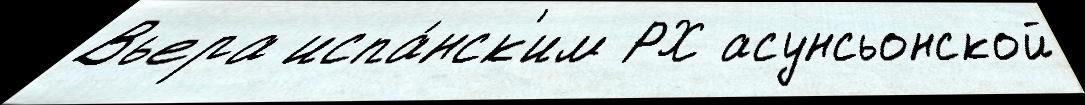
Вьера испа́нск'им РХ асунсьонской